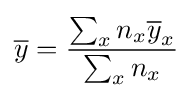
{\overline {y}}={\frac {\sum _{x}n_{x}{\overline {y}}_{x}}{\sum _{x}n_{x}}}